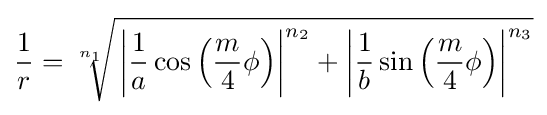
{\frac {1}{r}}={\sqrt[{n_{1}}]{\,\left|{\frac {1}{a}}\cos \left({\frac {m}{4}}\phi \right)\right|^{n_{2}}+\left|{\frac {1}{b}}\sin \left({\frac {m}{4}}\phi \right)\right|^{n_{3}}}}